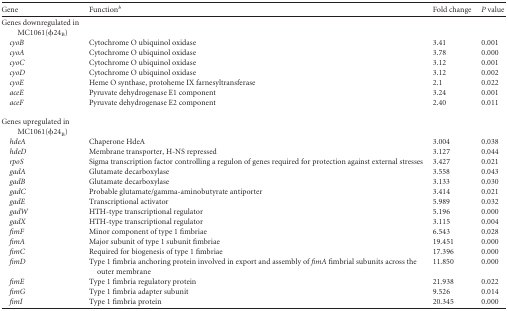
| Gene | Functionb | Fold change | P value |
 | --- | --- | --- | --- |
 | Genes downregulated in MC1061(φ24B) |  |  |  |
 | cyoB | Cytochrome O ubiquinol oxidase | 3.41 | 0.001 |
 | cyoA | Cytochrome O ubiquinol oxidase | 3.78 | 0.000 |
 | cyoC | Cytochrome O ubiquinol oxidase | 3.12 | 0.001 |
 | cyoD | Cytochrome O ubiquinol oxidase | 3.12 | 0.002 |
 | cyoE | Heme O synthase, protoheme IX farnesyltransferase | 2.1 | 0.022 |
 | aceE | Pyruvate dehydrogenase E1 component | 3.24 | 0.001 |
 | aceF | Pyruvate dehydrogenase E2 component | 2.40 | 0.011 |
 | Genes upregulated in MC1061(φ24B) |  |  |  |
 | hdeA | Chaperone HdeA | 3.004 | 0.038 |
 | hdeD | Membrane transporter, H-NS repressed | 3.127 | 0.044 |
 | rpoS | Sigma transcription factor controlling a regulon of genes required for protection against external stresses | 3.427 | 0.021 |
 | gadA | Glutamate decarboxylase | 3.558 | 0.043 |
 | gadB | Glutamate decarboxylase | 3.133 | 0.030 |
 | gadC | Probable glutamate/gamma-aminobutyrate antiporter | 3.414 | 0.021 |
 | gadE | Transcriptional activator | 5.989 | 0.032 |
 | gadW | HTH-type transcriptional regulator | 5.196 | 0.000 |
 | gadX | HTH-type transcriptional regulator | 3.115 | 0.004 |
 | fimF | Minor component of type 1 fimbriae | 6.543 | 0.028 |
 | fimA | Major subunit of type 1 subunit fimbriae | 19.451 | 0.000 |
 | fimC | Required for biogenesis of type 1 fimbriae | 17.396 | 0.000 |
 | fimD | Type 1 fimbria anchoring protein involved in export and assembly of fimA fimbrial subunits across the outer membrane | 11.850 | 0.000 |
 | fimE | Type 1 fimbria regulatory protein | 21.938 | 0.022 |
 | fimG | Type 1 fimbria adapter subunit | 9.526 | 0.014 |
 | fimI | Type 1 fimbria protein | 20.345 | 0.000 |